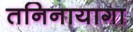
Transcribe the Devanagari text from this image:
तनिनायागा